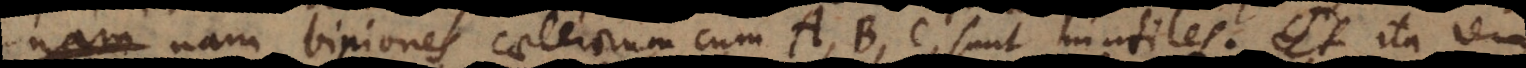
nam biniones caeterorum cum A, B, C sunt inutiles. Ita rem